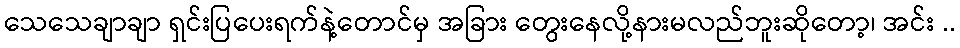
သေသေချာချာ ရှင်းပြပေးရက်နဲ့တောင်မှ အခြား တွေးနေလို့နားမလည်ဘူးဆိုတော့၊ အင်း ..